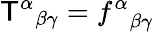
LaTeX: {\mathsf{T}^{\alpha}}_{\beta\gamma}={f^{\alpha}}_{\beta\gamma}